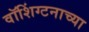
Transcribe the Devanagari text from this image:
वॉशिंग्टनाच्या